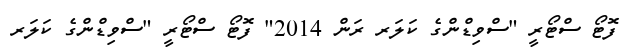
ފޮޓޯ ސްޓޯރީ "ސްވިޑްންގެ ކަލަރ ރަން 2014" ފޮޓޯ ސްޓޯރީ "ސްވިޑްންގެ ކަލަރ